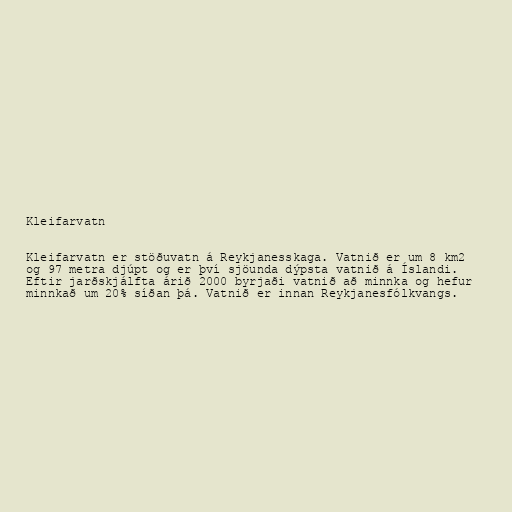
Kleifarvatn

Kleifarvatn er stöðuvatn á Reykjanesskaga. Vatnið er um 8 km2
og 97 metra djúpt og er því sjöunda dýpsta vatnið á Íslandi.
Eftir jarðskjálfta árið 2000 byrjaði vatnið að minnka og hefur
minnkað um 20% síðan þá. Vatnið er innan Reykjanesfólkvangs.